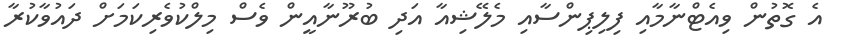
އެ ގޮތުން ވިއެޓްނާމާއި ފިލިޕިންސާއި މެލޭޝިއާ އަދި ބުރޫނާއީން ވެސް މިލްކުވެރިކަމަށް ދައުވާކުރާ